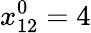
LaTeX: x_{12}^{0}=4